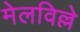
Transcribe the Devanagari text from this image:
मेलविल्ले